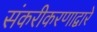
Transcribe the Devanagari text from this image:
संकरीकरणाद्वारे